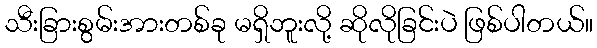
သီးခြားစွမ်းအားတစ်ခု မရှိဘူးလို့ ဆိုလိုခြင်းပဲ ဖြစ်ပါတယ်။